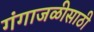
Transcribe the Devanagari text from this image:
गंगाजळीसाठी